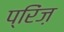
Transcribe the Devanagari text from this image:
प्रिंज़